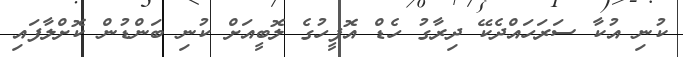
ކުނި އުކާ ސަރަހައްދެކޭ ދިރާގު ހެޑް އޮފީހުގެ ލޮބީއަށް ކުނި ބަންޑުން ކޮށްލާފައި